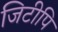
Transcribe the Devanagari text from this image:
जिटीपि